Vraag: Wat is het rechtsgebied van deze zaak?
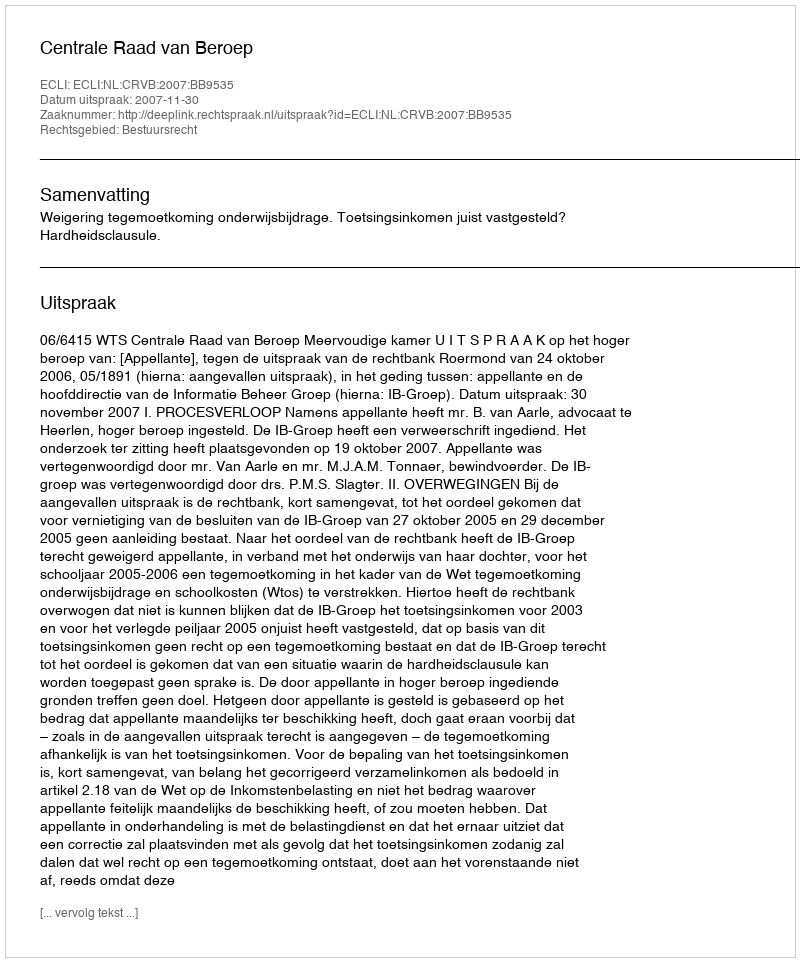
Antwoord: Bestuursrecht